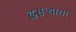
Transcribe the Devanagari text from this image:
दसऱ्याचा